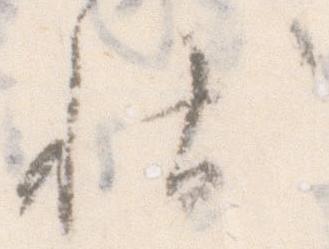
状